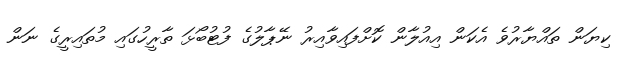
ކިޔަން ތައްޔާރުވެ އެކަން އިއުލާން ކޮށްފައިވާއިރު ނޭޕާލުގެ ފުޓުބޯޅަ ތާރީހުގައި މުތައިރީގެ ނަން